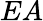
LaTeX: EA